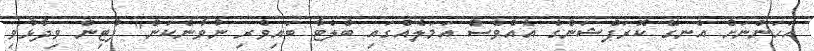
އަހަންނަށް އެނގޭ ކޮރަޕްޝަންގެ އެއްވެސް އަމަލެއްގައި ބްލެޓާ ބައިވެރި ނުވާނެކަން" ޕުޓިން ވިދާޅުވި